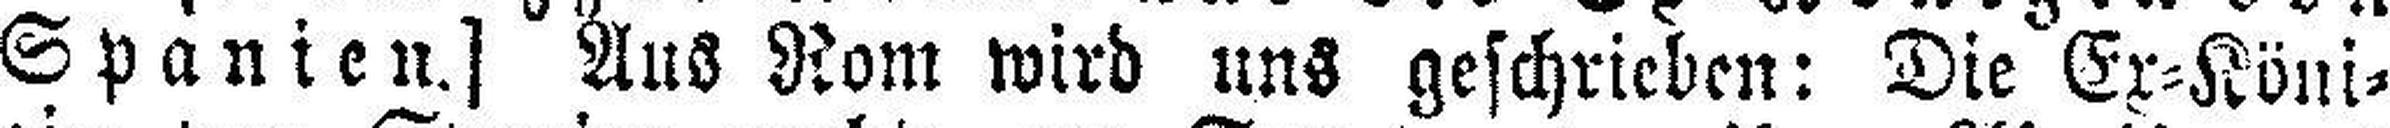
Spanien.] Aus Rom wird uns geschrieben: Die Ex=Köni¬